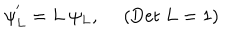
LaTeX: \psi _ { L } ^ { ' } = L ~ \psi _ { L } , ~ ~ ( \mathrm { D e t } ~ L = 1 )